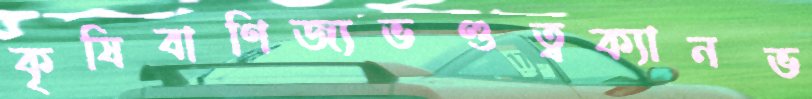
কৃষিবাণিজ্যভণ্ডত্বক্যানভ